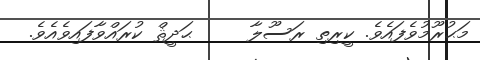
މަޙުރޫމުވެފައެވެ. ކީރިތި ރަސޫލާ     ޙަދީޘް ކުރައްވާފައިވެއެވެ.